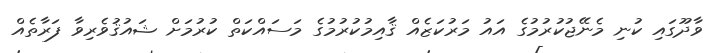
ވާދޫގައި ކުނި މެނޭޖުކުރުމުގެ އައު މަރުކަޒެއް ޤާއިމުކުރުމުގެ މަސައްކަތް ކުރުމަށް ޝައުޤުވެރިވާ ފަރާތެއް